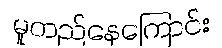
မူတည်နေကြောင်း